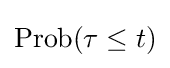
\operatorname {Prob} (\tau \leq t)